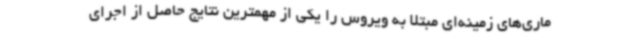
ماری‌های زمینه‌ای مبتلا به ویروس را یکی از مهمترین نتایج حاصل از اجرای